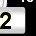
Digit: 2